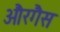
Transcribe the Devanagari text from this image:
औरगैस